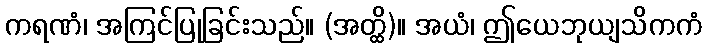
ကရဏံ၊ အကြင်ပြုခြင်းသည်။ (အတ္ထိ)။ အယံ၊ ဤယေဘုယျသိကကံ